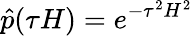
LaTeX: \hat{p}(\tau H)=e^{-\tau^{2}H^{2}}